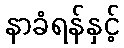
နာခံရန်နှင့်